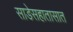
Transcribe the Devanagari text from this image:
साडेसहातासात